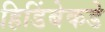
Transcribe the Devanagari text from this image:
हिडिंबेकडे